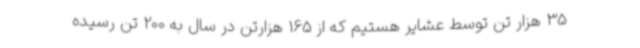
35 هزار تن توسط عشایر هستیم که از 165 هزارتن در سال به 200 تن رسیده